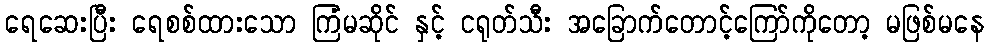
ရေဆေးပြီး ရေစစ်ထားသော ကြံမဆိုင် နှင့် ငရုတ်သီး အခြောက်တောင့်ကြော်ကိုတော့ မဖြစ်မနေ